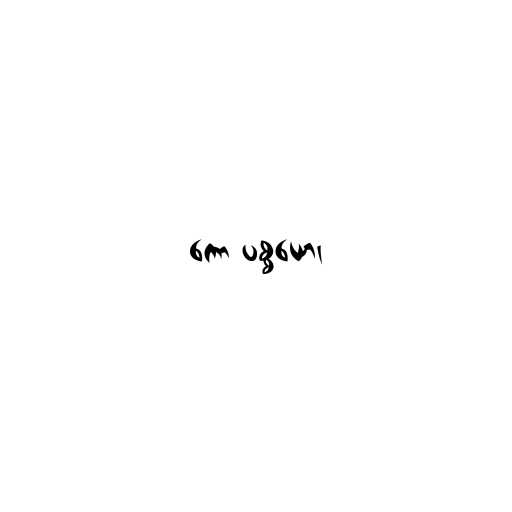
ကော ပစ္စယော၊